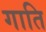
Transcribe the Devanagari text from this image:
गाति